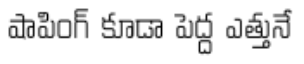
షాపింగ్ కూడా పెద్ద ఎత్తునే